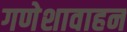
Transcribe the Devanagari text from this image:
गणेशावाहन